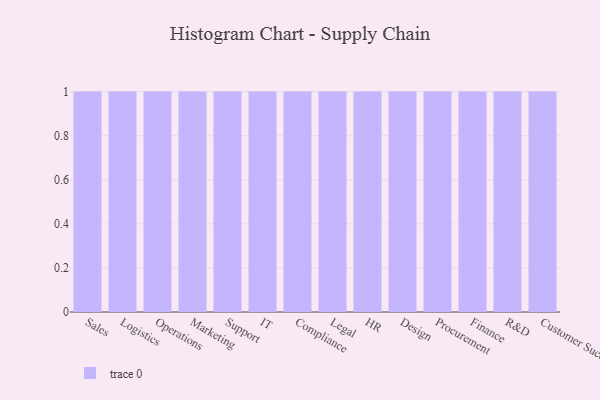
{"axis": {"x": "Department", "y": "Net Income (USD K)"}, "legend": [""], "data": [{"x": "Sales", "y": 67, "type": ""}, {"x": "Logistics", "y": 89, "type": ""}, {"x": "Operations", "y": 72, "type": ""}, {"x": "Marketing", "y": 37, "type": ""}, {"x": "Support", "y": 26, "type": ""}, {"x": "IT", "y": 27, "type": ""}, {"x": "Compliance", "y": 88, "type": ""}, {"x": "Legal", "y": 23, "type": ""}, {"x": "HR", "y": 76, "type": ""}, {"x": "Design", "y": 62, "type": ""}, {"x": "Procurement", "y": 12, "type": ""}, {"x": "Finance", "y": 41, "type": ""}, {"x": "R&D", "y": 21, "type": ""}, {"x": "Customer Success", "y": 85, "type": ""}]}